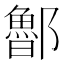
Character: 𨟇